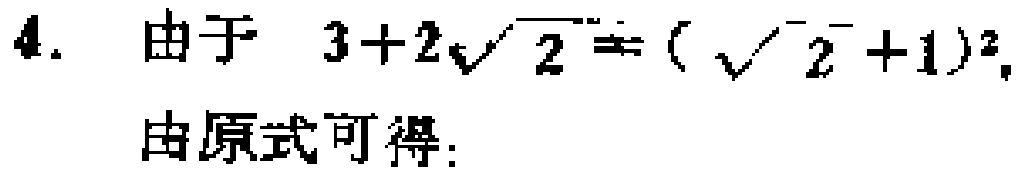
4. 由于 \(3 + 2\sqrt{2} = (\sqrt{2}+1)^2\)，
由原式可得：